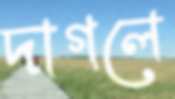
দাগলে